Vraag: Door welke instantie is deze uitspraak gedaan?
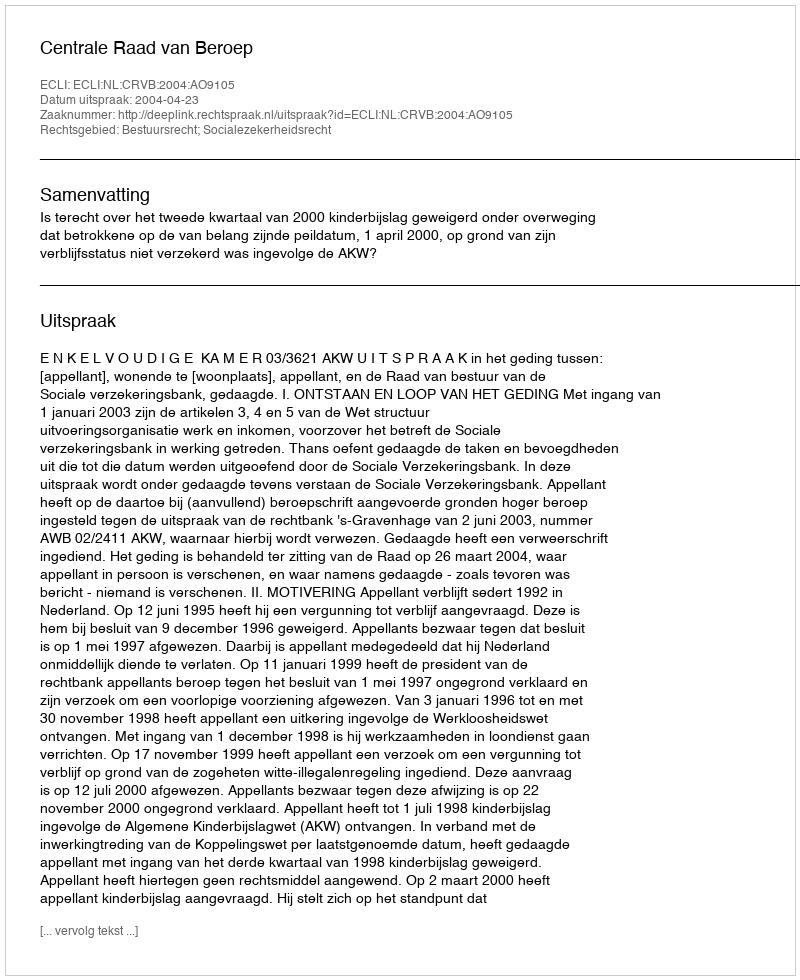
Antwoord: Centrale Raad van Beroep